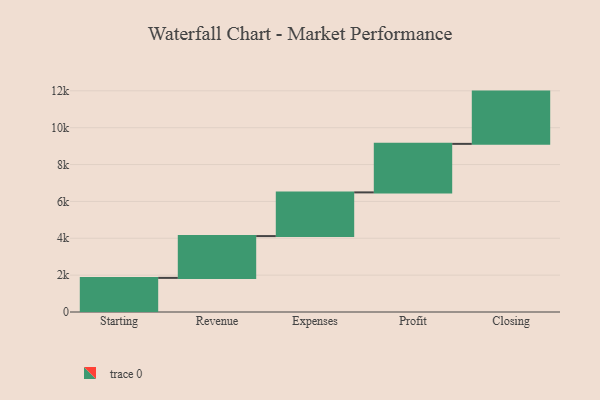
{"axis": {"x": "Step", "y": "Value"}, "legend": [""], "data": [{"x": "Starting", "y": 1851.0, "type": ""}, {"x": "Revenue", "y": 2268.0, "type": ""}, {"x": "Expenses", "y": 2371.0, "type": ""}, {"x": "Profit", "y": 2633.0, "type": ""}, {"x": "Closing", "y": 2836.0, "type": ""}]}